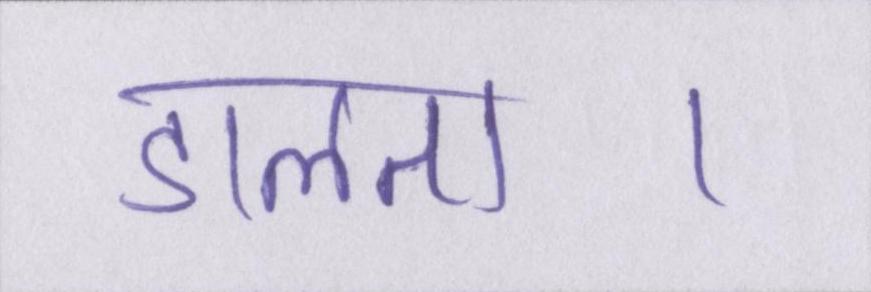
डालता।